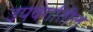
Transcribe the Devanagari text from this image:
उपवर्गातील